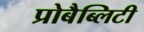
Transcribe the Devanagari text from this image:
प्रोबैब्लिटी